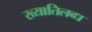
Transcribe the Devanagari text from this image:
ख्‍यातिलब्‍ध